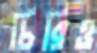
চিরিও